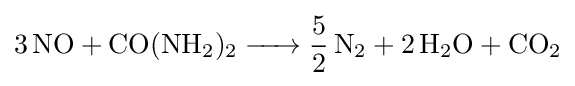
{\ce {3 NO + CO(NH2)2 -> 5/2 N2 + 2 H2O + CO2}}